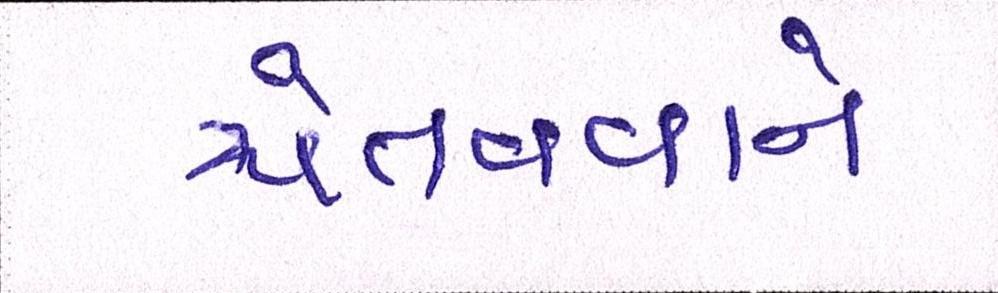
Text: ચેતવવાને